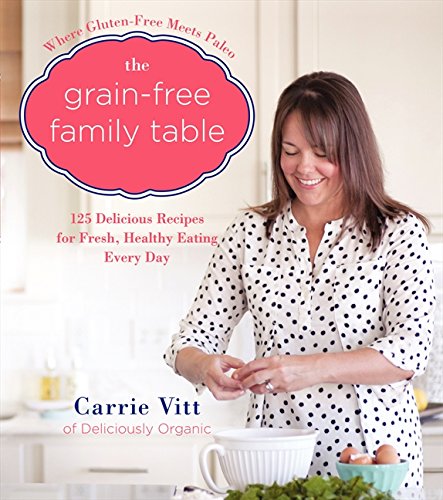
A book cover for The Grain-Free Family Table: 125 Delicious Recipes for Fresh, Healthy Eating Every Day; Carrie Vitt; Cookbooks, Food & Wine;